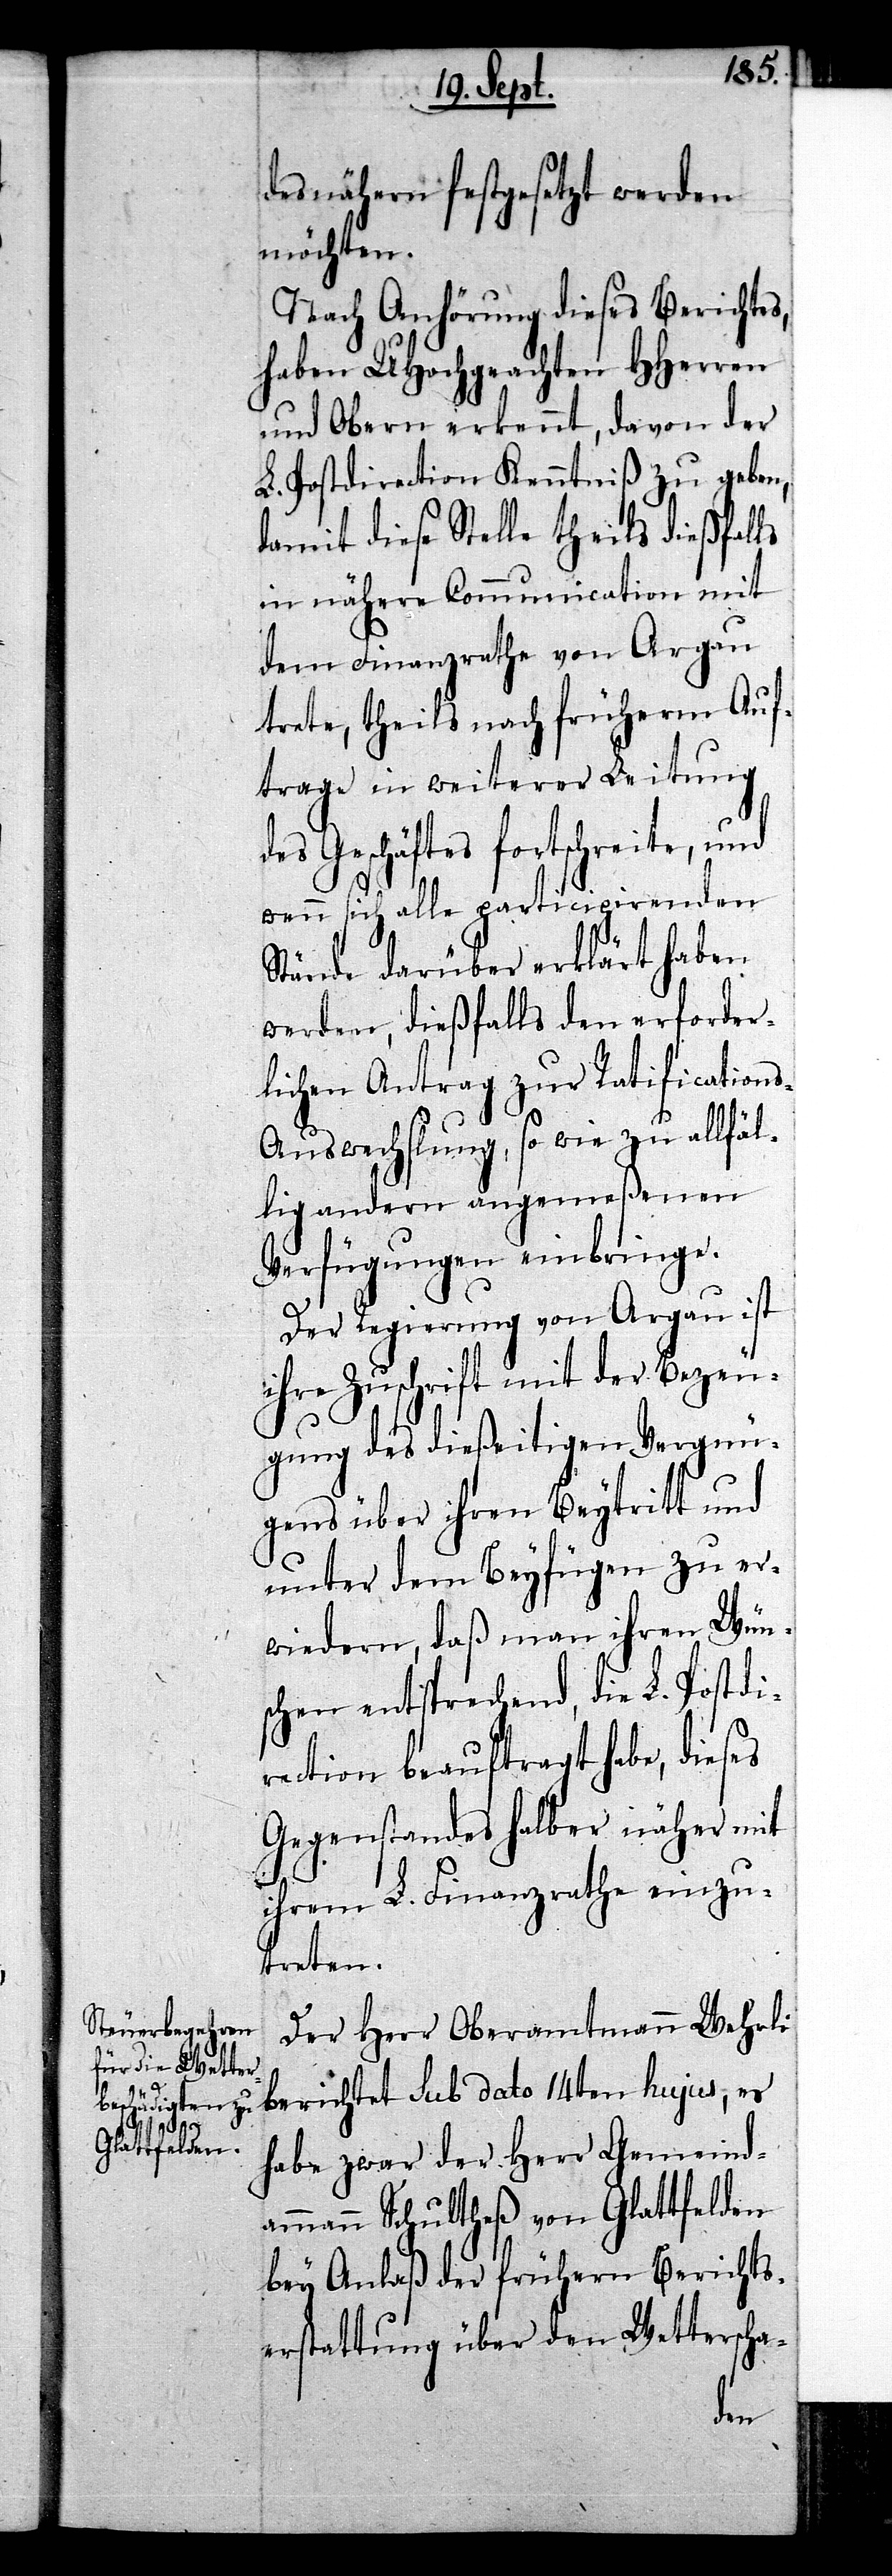
des nähern festgesetzt werden
möchten.
Nach Anhörung dieses Berichtes,
haben UHochgeachten HHerren
und Obern erkennt, davon der
L. Postdirection Kenntniß zu geben,
damit diese Stelle theils dießfalls
in nähere Communication mit
dem Finanzrathe von Argau
trete, theils nach früherm Auf¬
trage in weiterer Leitung
des Geschäftes fortschreite, und
wenn sich alle participirenden
Stände darüber erklärt haben
werden, dießfalls den erforder¬
lichen Antrag zur Ratification¬
s-Auswechslung, so wie zu allfäl¬
lig andern angemeßenen
Verfügungen einbringe.
Der Regierung von Argau ist
ihre Zuschrift mit der Bezeu¬
gung des dießeitigen Vergnü¬
gens über ihren Beytritt und
unter dem Beyfügen zu er¬
wiedern, daß man ihren Wün¬
schen entsprechend, die L. Postdi¬
rection beauftragt habe, dieses
Gegenstandes halber näher mit
ihrem L. Finanzrathe einzu¬
treten.
Der Herr Oberamtmann Wehrli
berichtet sub dato 14ten hujus, es
habe zwar der Herr Gemeind¬
ammann Schultheß von Glattfelden
bey Anlaß der frühern Berichts¬
erstattung über den Wetterscha-